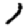
Digit: 1